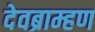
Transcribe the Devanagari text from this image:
देवब्राम्हण